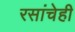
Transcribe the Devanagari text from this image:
रसांचेही